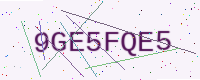
Text: 9GE5FQE5